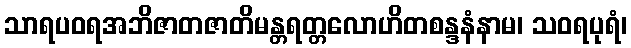
သာရပဝရအဘိဇာတဇာတိမန္တရတ္တလောဟိတစန္ဒနံနာမ၊ သဝရပုရံ၊